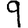
Digit: 9